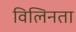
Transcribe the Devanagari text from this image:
विलिनता